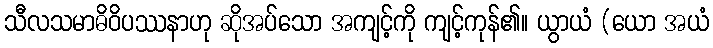
သီလသမာဓိဝိပဿနာဟု ဆိုအပ်သော အကျင့်ကို ကျင့်ကုန်၏။ ယွာယံ (ယော အယံ